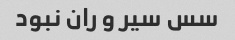
سس سیر و ران نبود